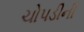
ચોપડીની